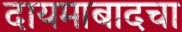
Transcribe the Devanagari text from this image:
दायमाबादचा